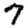
Digit: 7